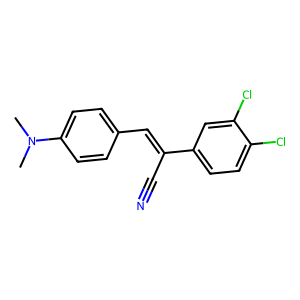
SMILES: CN(C)c1ccc(C=C(C#N)c2ccc(Cl)c(Cl)c2)cc1
Inhibits HIV replication: No